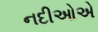
નદીઓએ